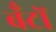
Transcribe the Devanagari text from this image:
बँटों